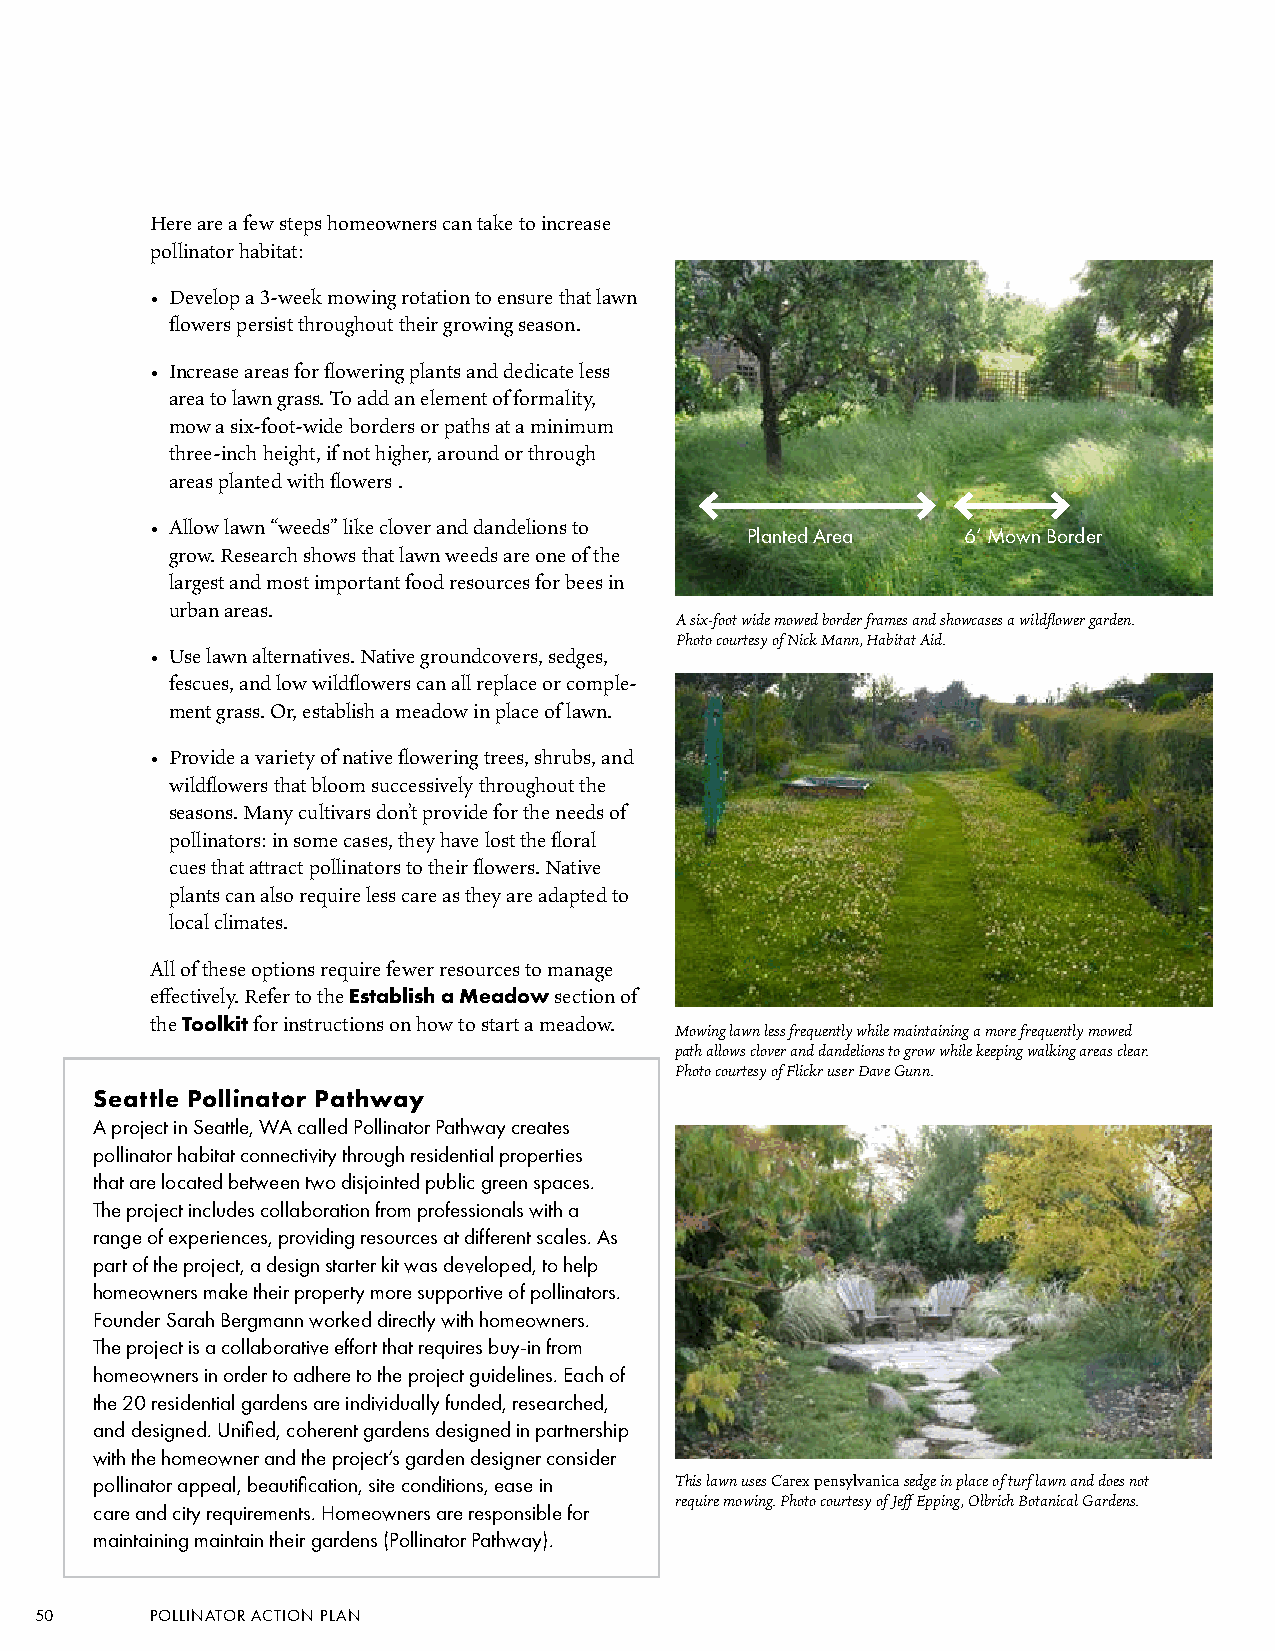
Here are a few steps homeowners can take to increase
 pollinator habitat:
 • Develop a 3-week mowing rotation to ensure that lawn
 flowers persist throughout their growing season.
 • Increase areas for flowering plants and dedicate less
 area to lawn grass. To add an element of formality,
 mow a six-foot-wide borders or paths at a minimum
 three-inch height, if not higher, around or through
 areas planted with flowers .
 • Allow lawn “weeds” like clover and dandelions to
 Planted Area   6’ Mown Border
 grow. Research shows that lawn weeds are one of the
 largest and most important food resources for bees in
 urban areas.
 A six-foot wide mowed border frames and showcases a wildflower garden.
 Photo courtesy of Nick Mann, Habitat Aid.
 • Use lawn alternatives. Native groundcovers, sedges,
 fescues, and low wildflowers can all replace or comple-
 ment grass. Or, establish a meadow in place of lawn.
 • Provide a variety of native flowering trees, shrubs, and
 wildflowers that bloom successively throughout the
 seasons. Many cultivars don’t provide for the needs of
 pollinators: in some cases, they have lost the floral
 cues that attract pollinators to their flowers. Native
 plants can also require less care as they are adapted to
 local climates.
 All of these options require fewer resources to manage
 effectively. Refer to the Establish a Meadow section of
 the Toolkit for instructions on how to start a meadow.
 Mowing lawn less frequently while maintaining a more frequently mowed
 path allows clover and dandelions to grow while keeping walking areas clear.
 Photo courtesy of Flickr user Dave Gunn.
 Seattle Pollinator Pathway
 A project in Seattle, WA called Pollinator Pathway creates
 pollinator habitat connectivity through residential properties
 that are located between two disjointed public green spaces.
 The project includes collaboration from professionals with a
 range of experiences, providing resources at different scales. As
 part of the project, a design starter kit was developed, to help
 homeowners make their property more supportive of pollinators.
 Founder Sarah Bergmann worked directly with homeowners.
 The project is a collaborative effort that requires buy-in from
 homeowners in order to adhere to the project guidelines. Each of
 the 20 residential gardens are individually funded, researched,
 and designed. Unified, coherent gardens designed in partnership
 with the homeowner and the project’s garden designer consider
 pollinator appeal, beautification, site conditions, ease in This lawn uses Carex pensylvanica sedge in place of turf lawn and does not
 require mowing. Photo courtesy of Jeff Epping, Olbrich Botanical Gardens.
 care and city requirements. Homeowners are responsible for
 maintaining maintain their gardens (Pollinator Pathway).
 50      POLLINATOR ACTION PLAN